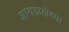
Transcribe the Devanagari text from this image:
आयडाहोच्या